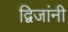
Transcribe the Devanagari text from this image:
द्विजांनी